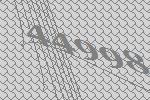
44998